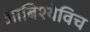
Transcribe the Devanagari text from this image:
आबिश्येविच